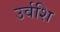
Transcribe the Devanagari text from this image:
उर्वशि